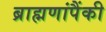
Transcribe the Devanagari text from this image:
ब्राह्मणांपैंकी